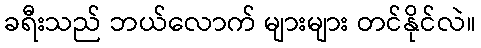
ခရီးသည် ဘယ်လောက် များများ တင်နိုင်လဲ။